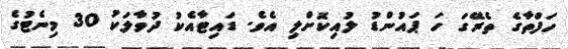
ހަފްތާގެ ތެރޭގަ ހަ ޕައުންޑު ލުއިކޮށްލި އެވެ. ޑައިޓާއެކު ދުވާލަކު 30 މިނެޓުގެ